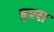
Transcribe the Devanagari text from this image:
इश्स